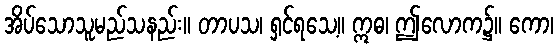
အိပ်သောသူမည်သနည်း။ တာပသ၊ ရှင်ရသေ့။ ဣဓ၊ ဤလောက၌။ ကော၊